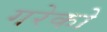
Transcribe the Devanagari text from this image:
गरेको